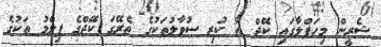
ޝެރީން މިހަފްލާގައި ކޭޖް އާ ކުރި ސުވާލުތަކުގެ ތެރޭގަ ކޭޖްގެ ފިލްމު ތަކުގެ